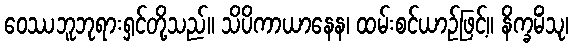
ဝေဿဘူဘုရားရှင်တို့သည်။ သိပိကာယာနေန၊ ထမ်းစင်ယာဉ်ဖြင့်။ နိက္ခမိံသု၊